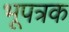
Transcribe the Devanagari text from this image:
भूपत्रक